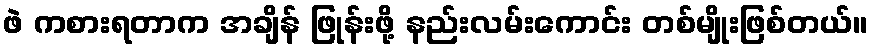
ဖဲ ကစားရတာက အချိန် ဖြုန်းဖို့ နည်းလမ်းကောင်း တစ်မျိုးဖြစ်တယ်။